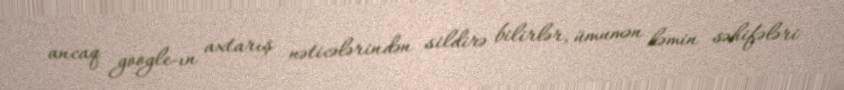
ancaq google-ın axtarış nəticələrindən sildirə bilirlər, ümumən həmin səhifələri